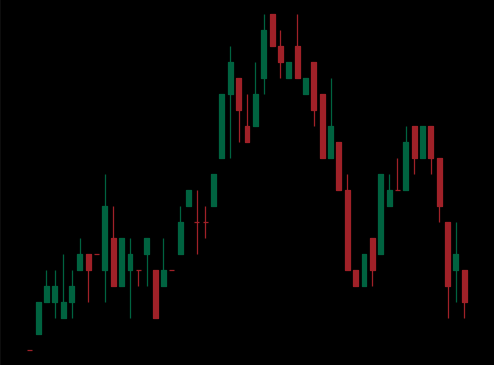
Pattern: head_shoulders